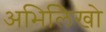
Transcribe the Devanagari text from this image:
अभिलिेखो